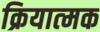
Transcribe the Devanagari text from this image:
क्रियात्‍मक